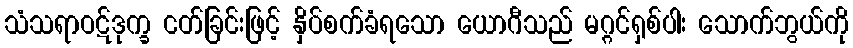
သံသရာဝဋ်ဒုက္ခ ငတ်ခြင်းဖြင့် နှိပ်စက်ခံရသော ယောဂီသည် မဂ္ဂင်ရှစ်ပါး သောက်ဘွယ်ကို